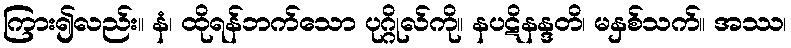
ကြား၍လည်း။ နံ၊ ထိုရန်ဘက်သော ပုဂ္ဂိုလ်ကို။ နပဋိနန္ဒတိ၊ မနှစ်သက်။ အဿ၊